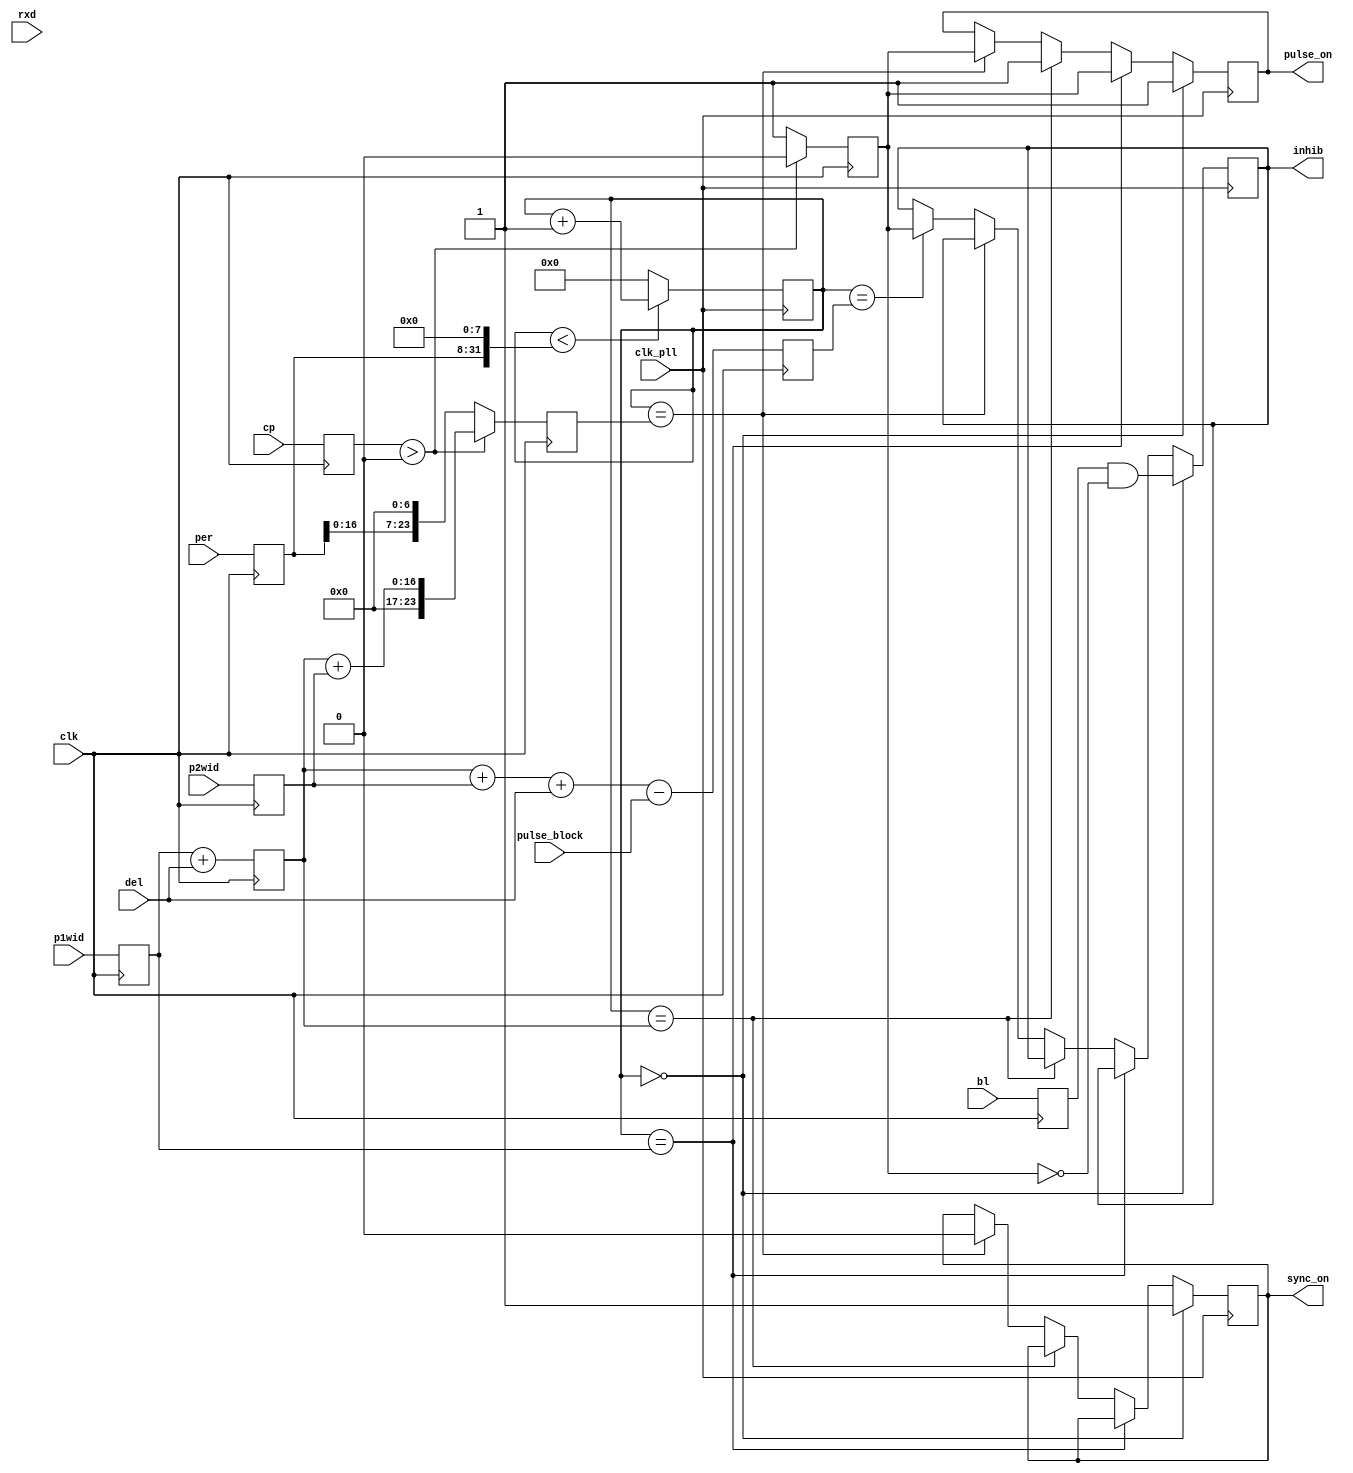
module pulses(
	      /* This module sets up the output logic, including the pulse and block switches, the attenuator(s),
	       and the scope trigger. It needs to have two modes:
	       
	       A CW mode, which holds both switches open, and outputs a trigger for the scope and the SynthHD.
	       This mode is chosen by setting the 'mode' input to 0.
	       Inputs are 'period', 'pre_att', and 'post_att'.
	       
	       A pulsed mode, which opens the pulse switch to chop the pulses up, closes the block switch for
	       only the period after each pi pulse where we expect the echo to be (if blocking is on).
	       This mode is chosen by setting the 'mode' input to a nonzero value, denoting the number of pi pulses.
	       If 'mode' is 1, a Hahn echo is taken, otherwise it's CPMG. 
	       Inputs are 'pum
	       */
	      input 	   clk_pll, // The PLL clock
	      input 	   clk, // The 12 MHz clock
	      // input 	   reset, // Used only in simulation
	      input [23:0]  per, // TODO: restore full 32-bit nature
	      input [15:0] p1wid,
	      input [15:0] del,
	      input [15:0] p2wid,
	      // input [6:0]  pr_att,
              //       input [6:0]  po_att,
              input 	   cp,
	      input 	   bl,
	      input 	   rxd,
	      // 	 input [31:0] period, // Duty cycle (LV)
	      //   input [31:0] p1width, // Width of the first pulse (LV)
	      //   input [31:0] delay, // Delay between main pulses (LV)
	      //   input [31:0] p2width, // Width of the second pulse (LV)
	      // //   input [6:0]  pre_att, // Attenuation for pump pulse (LV)
	      // //   input [6:0]  post_att, // Attenuation for second attenuator (LV)
	      //   input 	  cpmg, // Set mode to CW (0), Hahn echo (1) (LV)
	      input [7:0]  pulse_block, // Time before the delay after the second pulse to keep the block switch closed (LV)
	      //   input [15:0] pulse_block_off, // Width of the signal window when we open the block switch (LV)
	      //   input 	   block, // Blocking on (1) or off (0) (LV)
	      output 	   sync_on, // Wire for scope trigger pulse
	      output 	   pulse_on, // Wire for switch pulse
	      //   output [6:0] Att1, // Wires for main attenuator
	      //   output [6:0] Att3, // Wires for second attenuator
	      output 	   inhib // Wire for blocking switch pulse
	      );

   reg [31:0] 		   counter = 0; // 32-bit for times up to 21 seconds
   reg 			   sync;
   reg 			   pulse;
   //    reg [6:0] 		   A1;
   //    reg [6:0] 		   A3;
   reg 			   inh;
   reg 			   rec = 0;
   reg 			   cw = 0; 			   
   
   // Running at a 101.5-MHz clock, our time step is ~10 (9.95) ns.
   // All these numbers are thus multiplied by 9.95 ns to get times.
   // 24-bit allows periods up to 170 ms
   parameter stperiod = 100500 >> 8; // 1 is a 0.652 ms period
   // parameter stp1width = 30; // 298.5 ns
   // parameter stp2width = 30;
   // parameter stdelay = 200; // 1.99 us delay
   // //    parameter stblock = 100; // 500 ns block open
   // parameter stcpmg = 1; // Do Hahn echo by default
   
   // reg [31:0] 		   period = stperiod;
   // reg [15:0] 		   p1width = stp1width;
   // reg [15:0] 		   delay = stdelay;
   // reg [15:0] 		   p2width = stp2width;
   // reg [7:0] 		   pulse_block = 8'd50;
   // //    reg [15:0] 			   pulse_block_off = stblock;
   // reg 			   cpmg = stcpmg;
   // reg 			   block = 1;
   // reg 			   rx_done = 0;

   // reg [15:0] 		   p2start = stp1width+stdelay;
   // reg [15:0] 		   sync_down = stp1width+stdelay+stp2width;
   // reg [15:0] 		   block_off = stp1width+2*stdelay+stp2width-8'd50;
   //    reg [15:0] block_on = stp1width+2*stdelay+stp2width-8'd50+stblock;

   reg [23:0] 		   period = stperiod;
   reg [15:0] 		   p1width;
   // reg [15:0] 		   delay;
   reg [15:0] 		   p2width;
   reg 			   cpmg;
   reg 			   block;
   // reg [7:0] 		   pulse_block = 8'd20;
   reg [7:0] 		   pulse_block_off = 8'd254;
   reg 			   rx_done;
   reg [15:0] 		   p2start;
   reg [23:0] 		   sync_down;
   reg [15:0] 		   block_off;
   reg [15:0] 		   block_on;
   
   // reg  		nutation_pulse = 0;
   // reg [31:0]  nutation_pulse_width = 32'd50;
   // reg [31:0]  nutation_pulse_delay = 32'd300;
   // reg [31:0]  nutation_pulse_start;
   // reg [31:0]  nutation_pulse_stop;

   // reg [1:0] 		   xfer_bits = 0;
   
   assign sync_on = sync; // The scope trigger pulse
   assign pulse_on = pulse; // The switch pulse
   //    assign Att1 = A1; // The main attenuator control
   //    assign Att3 = A3; // The second attenuator control
   assign inhib = inh; // The blocking switch pulse
   // assign inhib = ccount[1];

   // parameter FIRST_PULSE_ON = 4'd0;
   // parameter FIRST_DELAY = 4'd1;
   // parameter SECOND_PULSE_ON = 4'd2;
   // parameter POST_PI_PULSE = 4'd3;
   // parameter FIRST_BLOCK_OFF = 4'd4;
   // parameter FIRST_BLOCK_ON = 4'd5;
   // parameter CPMG_PULSE_ON = 4'd6;
   // parameter POST_CPMG_PULSE = 4'd7;
   // parameter CPMG_BLOCK_OFF = 4'd8;
   // parameter CPMG_BLOCK_ON = 4'd9;
   // parameter NUTATION_PULSE_ON = 4'd10;

   always @(posedge clk) begin
      // { rx_done, xfer_bits } <= { xfer_bits, rxd };

      // if (rx_done) begin

	 period <= per;
	 p1width <= p1wid;
	 p2width <= p2wid;
	 // delay <= del;
	 cpmg <= cp;
	 block <= bl;

      // end
      // if (reset) begin
      // 	counter <= 0;
      // end
      // p2start <= p1width + delay;
      p2start <= p1width + del;
      sync_down <= (cpmg > 0) ? p2start + p2width : period << 7;
      // block_off <= p2start + p2width + delay - pulse_block;
      block_off <= p2start + p2width + del - pulse_block;
      block_on <= (period << 8) - pulse_block_off;

      cw <= (cpmg > 0) ? 0 : 1;
	 
   end

   /* The main loops runs on the 100.5 MHz PLL clock.
    */
   always @(posedge clk_pll) begin
      // if (!reset) begin
	 
	 
	 // if (cpmg > 0) begin
	    // block_on <= block_off + pulse_block_off;

	    // p2start <= p1width + delay;
	    // sync_down <= p2start + p2width;
	    // block_off <= sync_down + delay - pulse_block;

      case (counter)
	0: begin
	   pulse <= 1;
	   inh <= block & !cw; // We want it to be up to open the blocking switch
	   sync <= 1;
	end

	p1width: begin
	   pulse <= cw;
	end

	p2start: begin
	   pulse <= 1;
	end

	sync_down: begin
	   pulse <= cw;
	   sync <= 0;
	end

	block_off: begin
	   // inh <= 1;
	   inh <= cw; // We want it to be down to close the blocking switch
	end

//	block_on: begin
   	   // inh <= !block;
//	   inh <= block & !cw; // We want it to be up to open the blocking switch
//	end
	
      endcase // case (counter)
      
	    
	    // pulse <= (counter < p1width) ? 1 : // Switch pulse goes up at 0 if the pump is on
      	    // 	     ((counter < p2start) ? cw : // then down after p1width
      	    // 	      ((counter < sync_down) ? 1 : cw));
	    
	    // // inh <= ((counter < block_off) || (counter > block_on)) ? block : 0; // Turn the blocking switch on except for a window after the second pulse.
	    // 	       inh <= (counter < (block_off)) ? block : 0; // Turn the blocking switch on except for a window after the second pulse.
	    
	    // sync <= (counter < sync_down) ? 1 : 0;
	    
	 // end // if (cpmg > 0)
      
	 // else begin
	 //    pulse <= 1;
	 //    inh <= 0;
	 //    sync <= (counter < (period >> 1)) ? 1 : 0;
	 // end // else: !if(cpmg > 0)
      
	 // sync <= (counter < sync_down) ? 1 : 0;
	 // counter <= ((counter < period) && !reset) ? counter + 1 : 0; // Increment the counter until it reaches the period
	 counter <= (counter < (period << 8)) ? counter + 1 : 0; // Increment the counter until it reaches the period
      // end // if (!reset)
      //   else begin
      //  counter <= 0;
      //   end

   end // always @ (posedge clk_pll)
endmodule // pulses